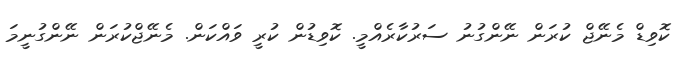
ކޮވިޑް މެނޭޖް ކުރަން ނޭންގުނު ސަރުކާރެއްމީ. ކޮވިޑުން ކުރީ ވައްކަން. މެނޭޖްކުރަން ނޭންގުނީމަ